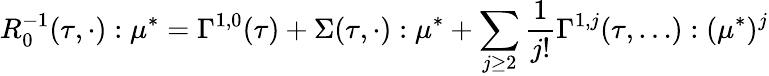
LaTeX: R_{0}^{-1}(\tau,\cdot):\mu^{*}=\Gamma^{1,0}(\tau)+\Sigma(\tau,\cdot):\mu^{*}+\sum_{j\geq 2}\frac{1}{j!}\Gamma^{1,j}(\tau,\ldots):(\mu^{*})^{j}